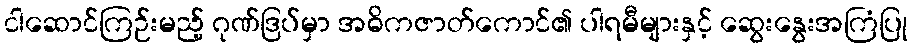
ငါဆောင်ကြဉ်းမည့် ဂုဏ်ဒြပ်မှာ အဓိကဇာတ်ကောင်၏ ပါရမီများနှင့် ဆွေးနွေးအကြံပြု